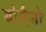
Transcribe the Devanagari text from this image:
बोनैनो